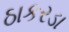
ઠાકરડા